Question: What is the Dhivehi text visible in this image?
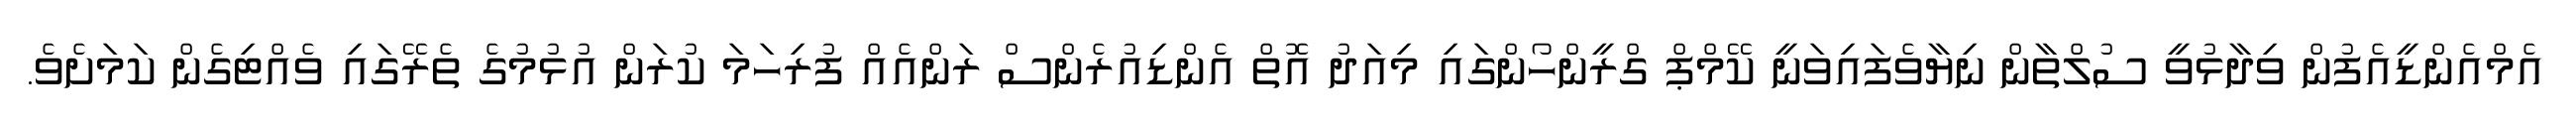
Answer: އެމްއެންޑީއެފުން ވިދާޅުވީ ސުލްތާން ނިޔާވެފައިވަނީ ކޭމްޕް ގްރީންހޯންގައި މިއަދު އޮތް އެންޑިއުރެންސް ރަންއެއް ފުރިހަމަ ކުރަން އުޅުމުގެ ތެރޭގައި ވެއްޓިގެން ކަމަށެވެ.